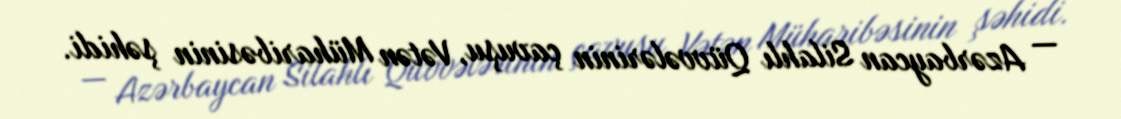
— Azərbaycan Silahlı Qüvvələrinin çavuşu, Vətən Müharibəsinin şəhidi.